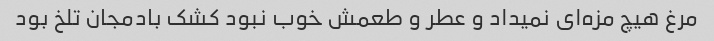
مرغ هیچ مزه‌ای نمیداد و عطر و طعمش خوب نبود کشک بادمجان تلخ بود